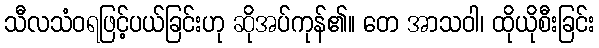
သီလသံဝရဖြင့်ပယ်ခြင်းဟု ဆိုအပ်ကုန်၏။ တေ အာသဝါ၊ ထိုယိုစီးခြင်း